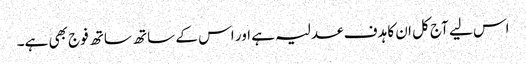
اس لیے آج کل ان کا ہدف عدلیہ ہے اور اس کے ساتھ ساتھ فوج بھی ہے۔